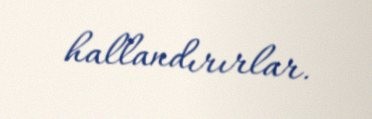
hallandırırlar.